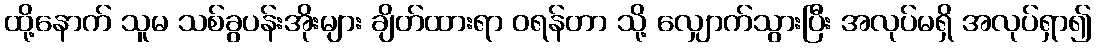
ထို့နောက် သူမ သစ်ခွပန်းအိုးများ ချိတ်ထားရာ ဝရန်တာ သို့ လျှောက်သွားပြီး အလုပ်မရှိ အလုပ်ရှာ၍